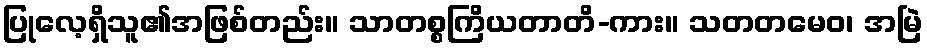
ပြုလေ့ရှိသူ၏အဖြစ်တည်း။ သာတစ္စကြိယတာတိ-ကား။ သတတမေဝ၊ အမြဲ